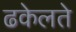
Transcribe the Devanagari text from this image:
ढकेलते